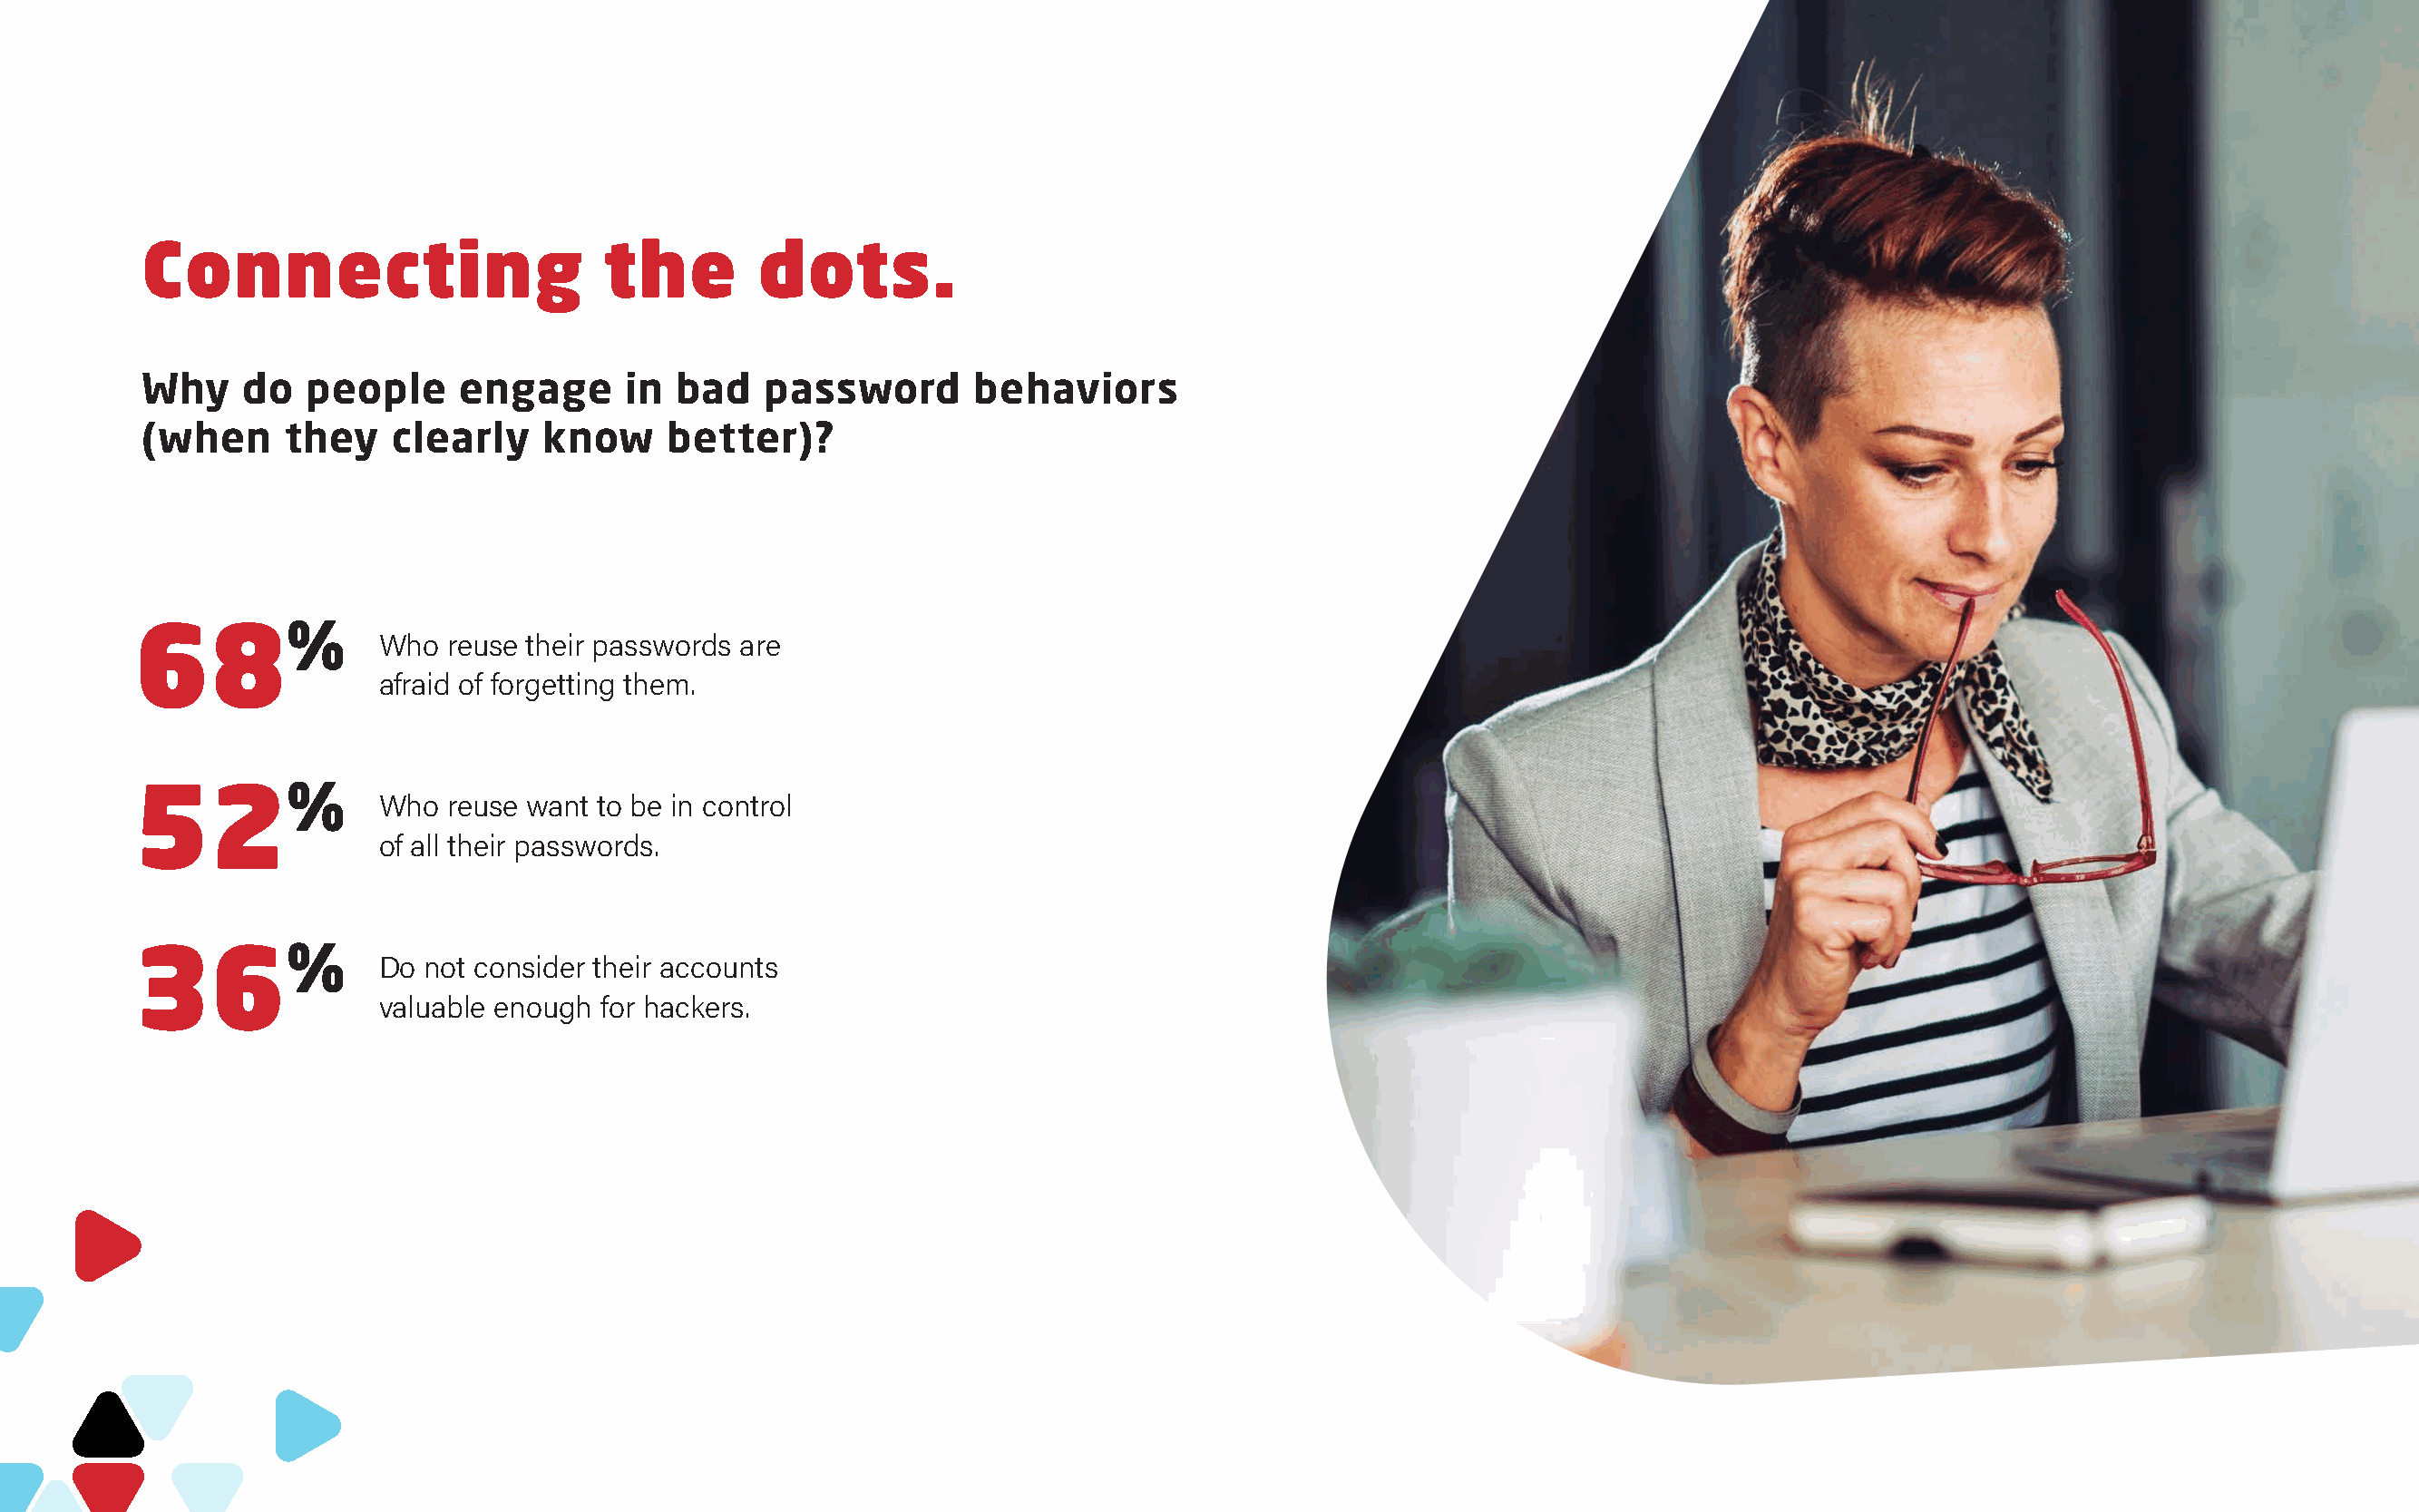
Connecting                        the        dots.
 Why     do  people      engage      in bad    password       behaviors
 (when      they    clearly    know     better)?
 68%
 Who  reuse their passwords are
 afraid of forgetting them.
 52%
 Who  reuse want to be in control
 of all their passwords.
 36%
 Do not consider their accounts
 valuable enough for hackers.